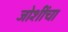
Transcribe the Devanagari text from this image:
जोशींचा